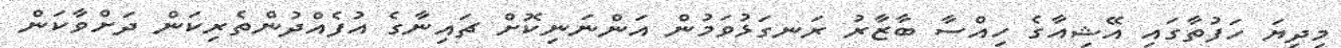
މިދިޔަ ހަފުތާގައި އޭޝިއާގެ ހިއްސާ ބާޒާރު ރަނގަޅުވަމުން އަންނަނިކޮށް ޗައިނާގެ އުފެއްދުންތެރިކަން ދަށްވާކަން